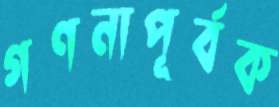
গণনাপূর্বক